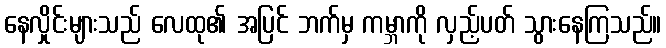
နေလှိုင်းများသည် လေထု၏ အပြင် ဘက်မှ ကမ္ဘာကို လှည့်ပတ် သွားနေကြသည်။